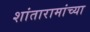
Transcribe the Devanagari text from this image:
शांतारामांच्या